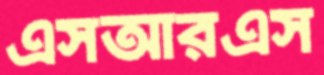
এসআরএস